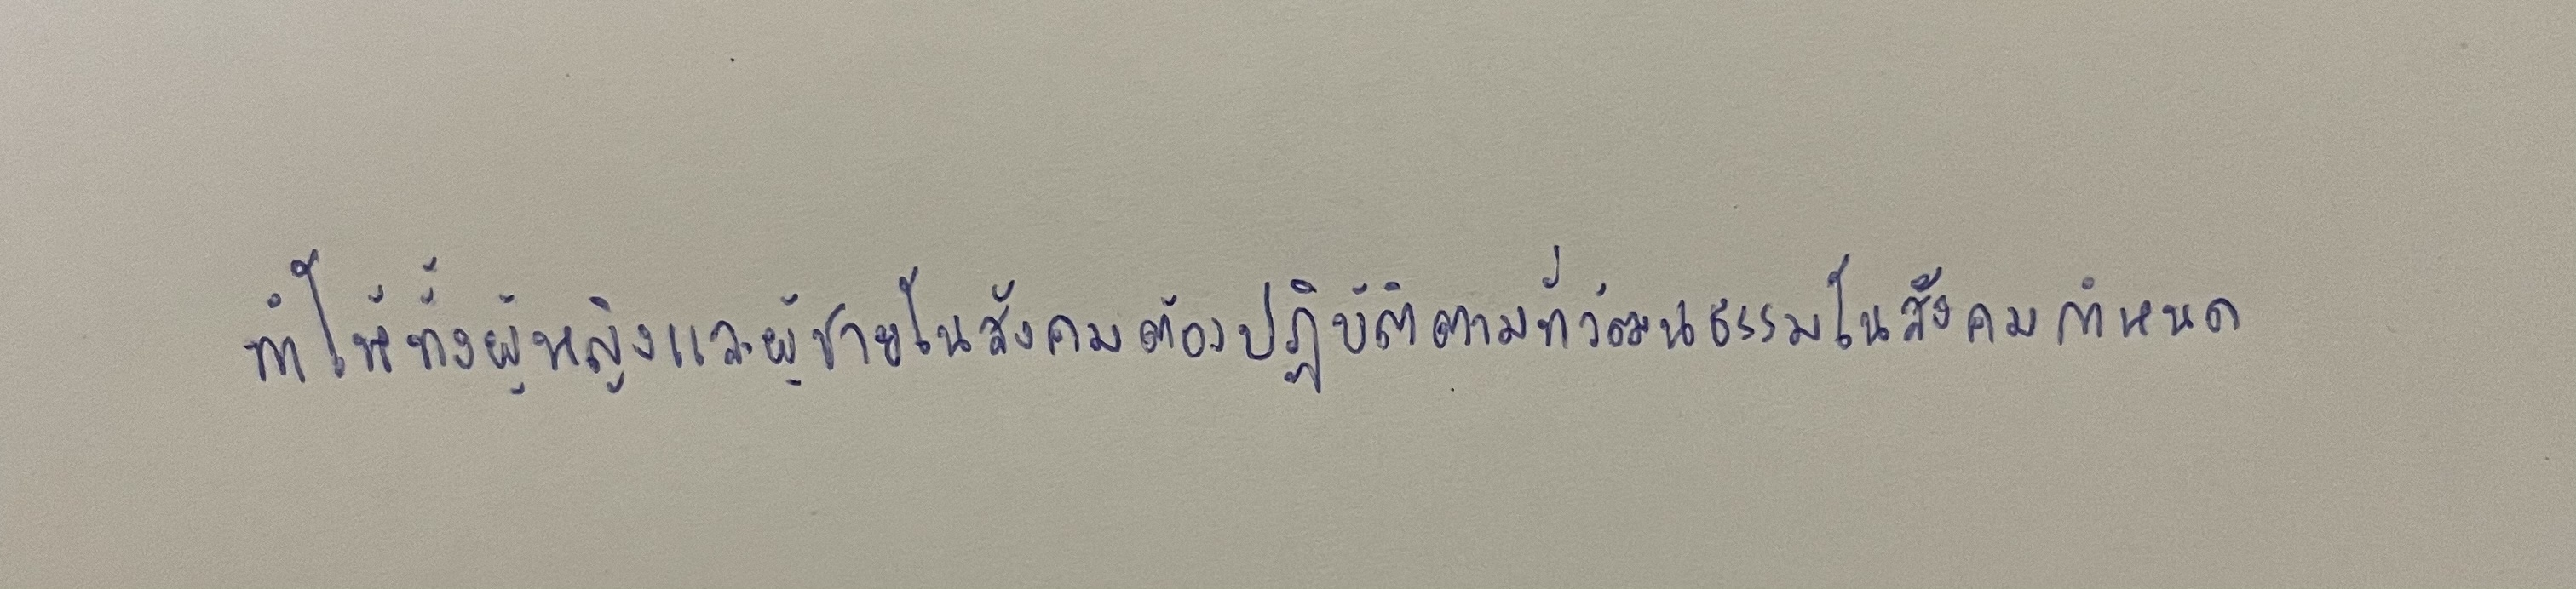
ทำให้ทั้งผู้หญิงและผู้ชายในสังคมต้องปฏิบัติตามที่วัฒนธรรมในสังคมกำหนด